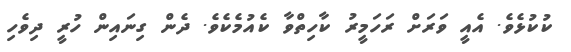
ކުކުޅެވެ. އެއީ ވަރަށް ރަހަމީރު ކާހިތްވާ ކެއުމެކެވެ. ދެން ގިނައިން ހުރީ ދިވެހި